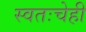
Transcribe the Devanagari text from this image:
स्वतःचेही